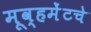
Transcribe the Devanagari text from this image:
मूव्हमेंटचे